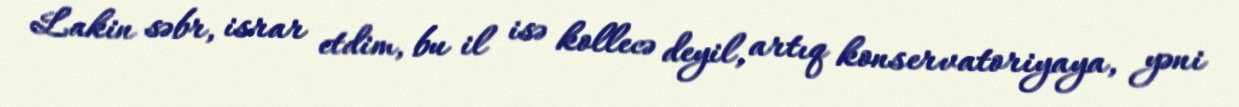
Lakin səbr, israr etdim, bu il isə kollecə deyil, artıq konservatoriyaya, yəni